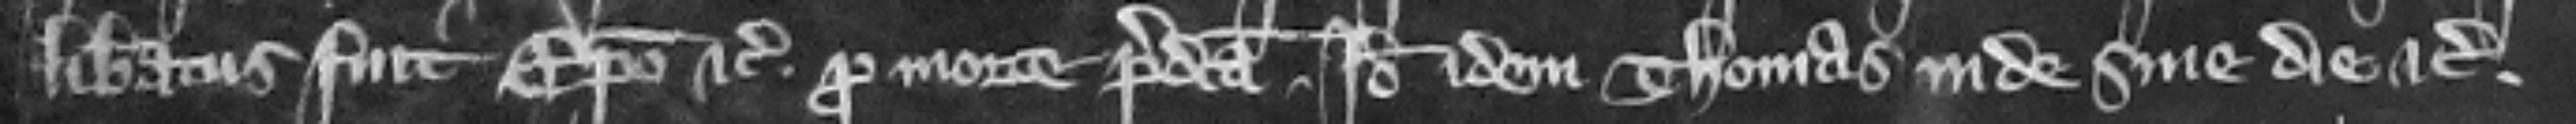
liberatus fuit episcopo etc. pro morte predicta. Ideo idem Thomas inde sine die etc.